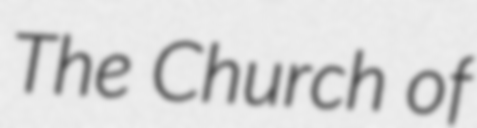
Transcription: The Church of